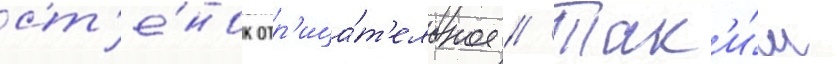
ст'е́нок отр'ица́т'ельное // Так'и́м